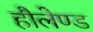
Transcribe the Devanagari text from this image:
हौलेण्ड